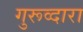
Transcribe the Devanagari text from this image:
गुरूव्‍दारा